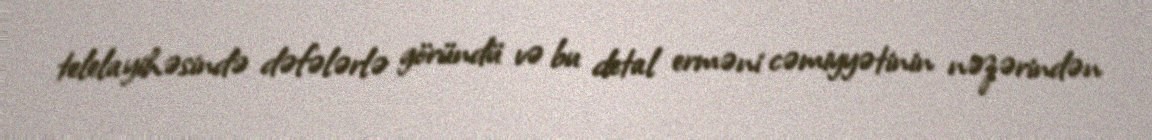
telelayihəsində dəfələrlə göründü və bu detal erməni cəmiyyətinin nəzərindən